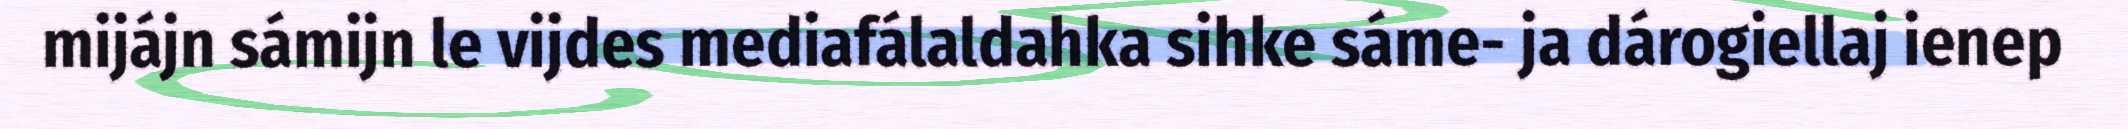
mijájn sámijn le vijdes mediafálaldahka sihke sáme- ja dárogiellaj ienep